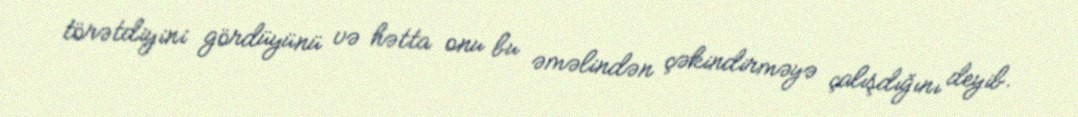
törətdiyini gördüyünü və hətta onu bu əməlindən çəkindirməyə çalışdığını deyib.